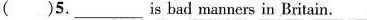
( )5._is bad manners in Britain.